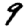
Digit: 9